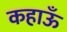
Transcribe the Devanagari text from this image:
कहाऊँ